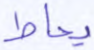
يحاط